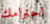
احترامك